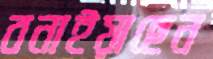
বনাইয়াছেন